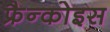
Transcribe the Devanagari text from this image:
फ्रैन्कोइस